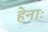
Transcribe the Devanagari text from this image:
हेनाः